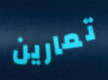
تمارين